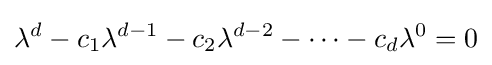
\lambda ^{d}-c_{1}\lambda ^{d-1}-c_{2}\lambda ^{d-2}-\cdots -c_{d}\lambda ^{0}=0